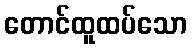
တောင်ထူထပ်သော